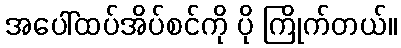
အပေါ်ထပ်အိပ်စင်ကို ပို ကြိုက်တယ်။